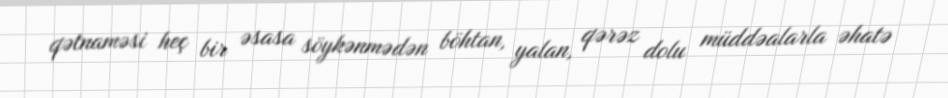
qətnaməsi heç bir əsasa söykənmədən böhtan, yalan, qərəz dolu müddəalarla əhatə